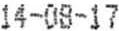
14-08-17